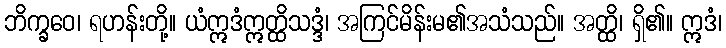
ဘိက္ခဝေ၊ ရဟန်းတို့။ ယံဣဒံဣတ္ထိသဒ္ဒံ၊ အကြင်မိန်းမ၏အသံသည်။ အတ္ထိ၊ ရှိ၏။ ဣဒံ၊